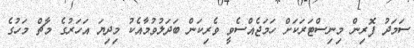
ސަމަދު ފޮރިން މިނިސްޓަރަކަށް ހަމަޖެއްސެވީ ވެރިކަން ބަދަލުވުމާއެކު މިދިޔަ އަހަރުގެ މާޗް މަހުގެ